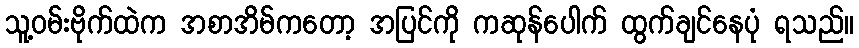
သူ့ဝမ်းဗိုက်ထဲက အစာအိမ်ကတော့ အပြင်ကို ကဆုန်ပေါက် ထွက်ချင်နေပုံ ရသည်။